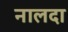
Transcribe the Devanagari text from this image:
नालदा